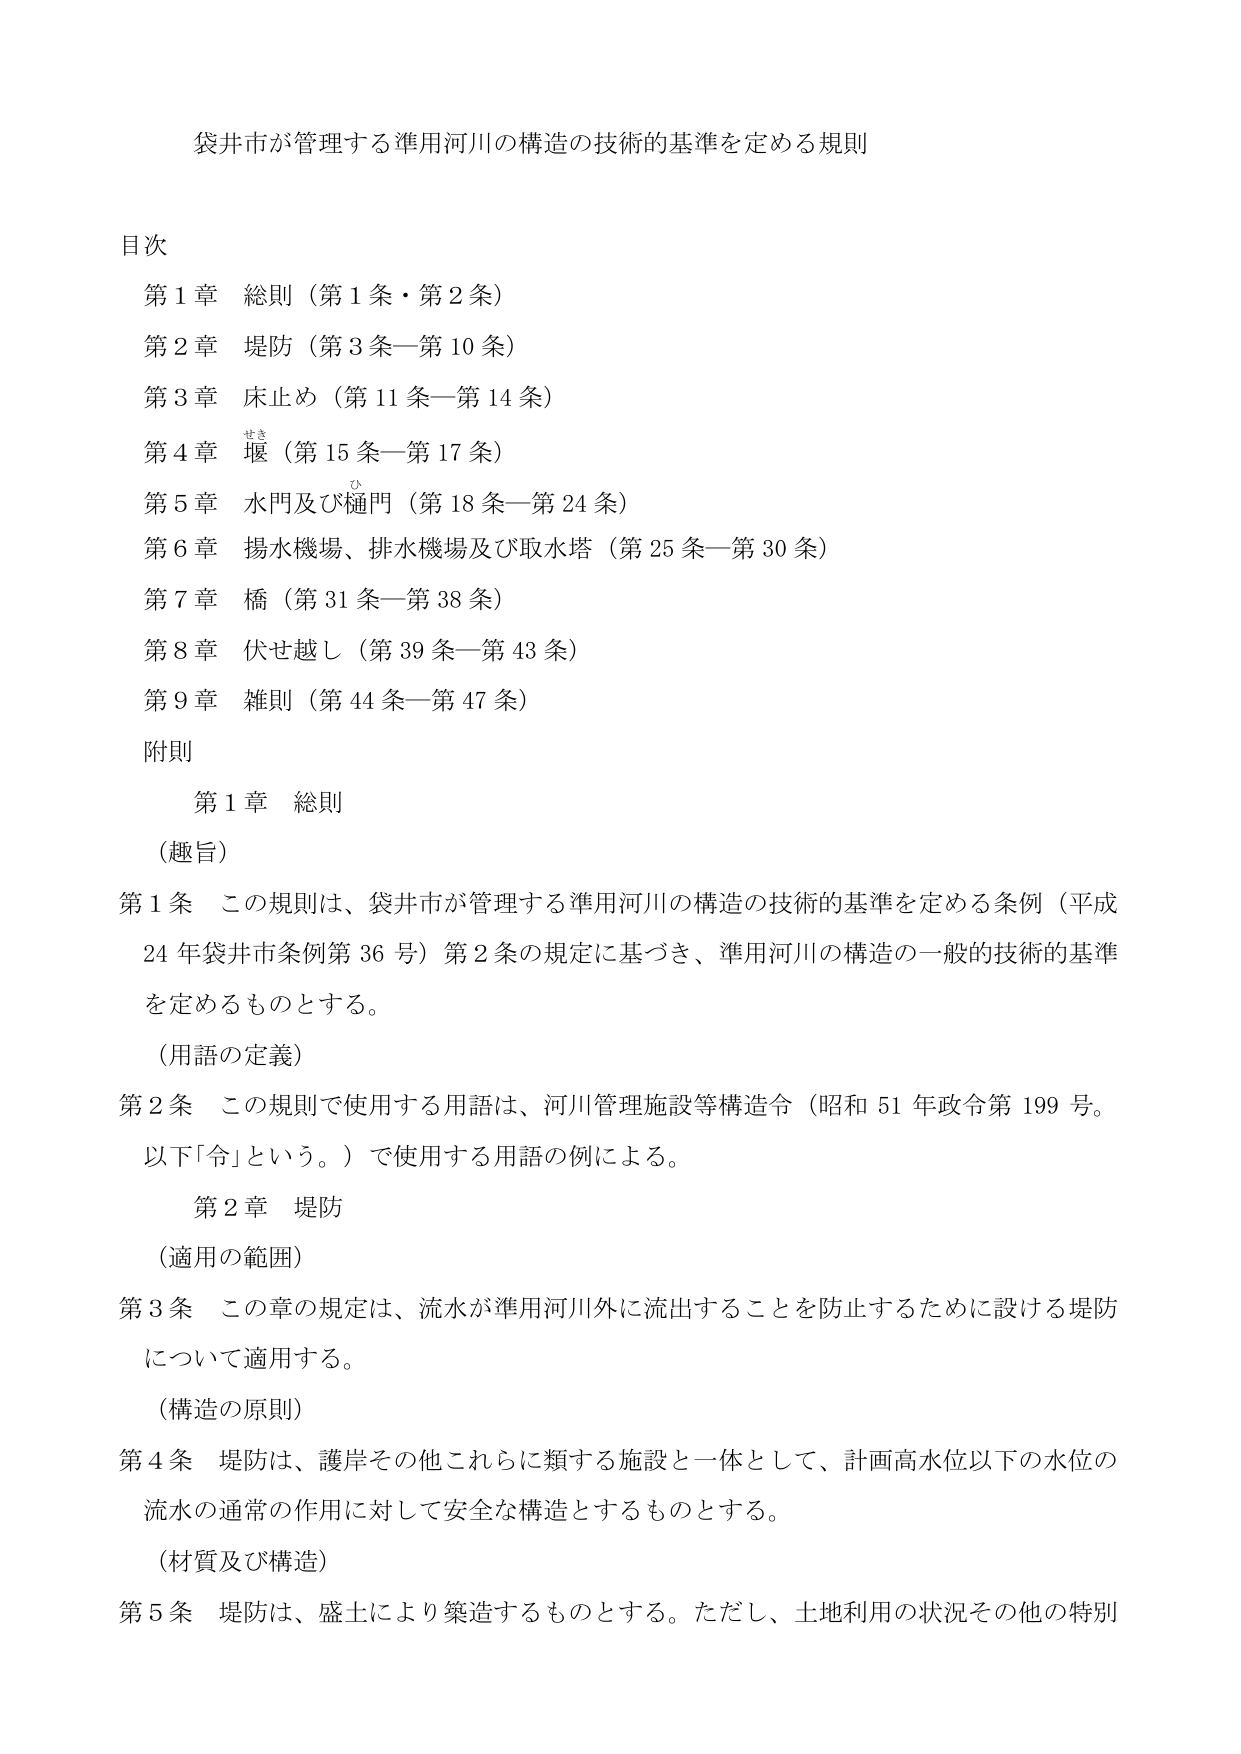
袋井市が管理する準用河川の構造の技術的基準を定める規則

目次
第1章 総則（第1条・第2条）
第2章 堤防（第3条―第10条）
第3章 床止め（第11条―第14条）
第4章 堰（第15条―第17条）
第5章 水門及び樋門（第18条―第24条）
第6章 揚水機場、排水機場及び取水塔（第25条―第30条）
第7章 橋（第31条―第38条）
第8章 伏せ越し（第39条―第43条）
第9章 雑則（第44条―第47条）
附則

第1章 総則
（趣旨）
第1条 この規則は、袋井市が管理する準用河川の構造の技術的基準を定める条例（平成24年袋井市条例第36号）第2条の規定に基づき、準用河川の構造の一般的技術的基準を定めるものとする。
（用語の定義）
第2条 この規則で使用する用語は、河川管理施設等構造令（昭和51年政令第199号。以下「令」という。）で使用する用語の例による。

第2章 堤防
（適用の範囲）
第3条 この章の規定は、流水が準用河川外に流出することを防止するために設ける堤防について適用する。
（構造の原則）
第4条 堤防は、護岸その他これらに類する施設と一体として、計画高水位以下の水位の流水の通常の作用に対して安全な構造とするものとする。
（材質及び構造）
第5条 堤防は、盛土により築造するものとする。ただし、土地利用の状況その他の特別